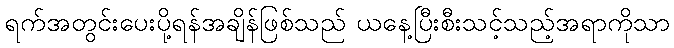
ရက်အတွင်းပေးပို့ရန်အချိန်ဖြစ်သည် ယနေ့ပြီးစီးသင့်သည့်အရာကိုသာ